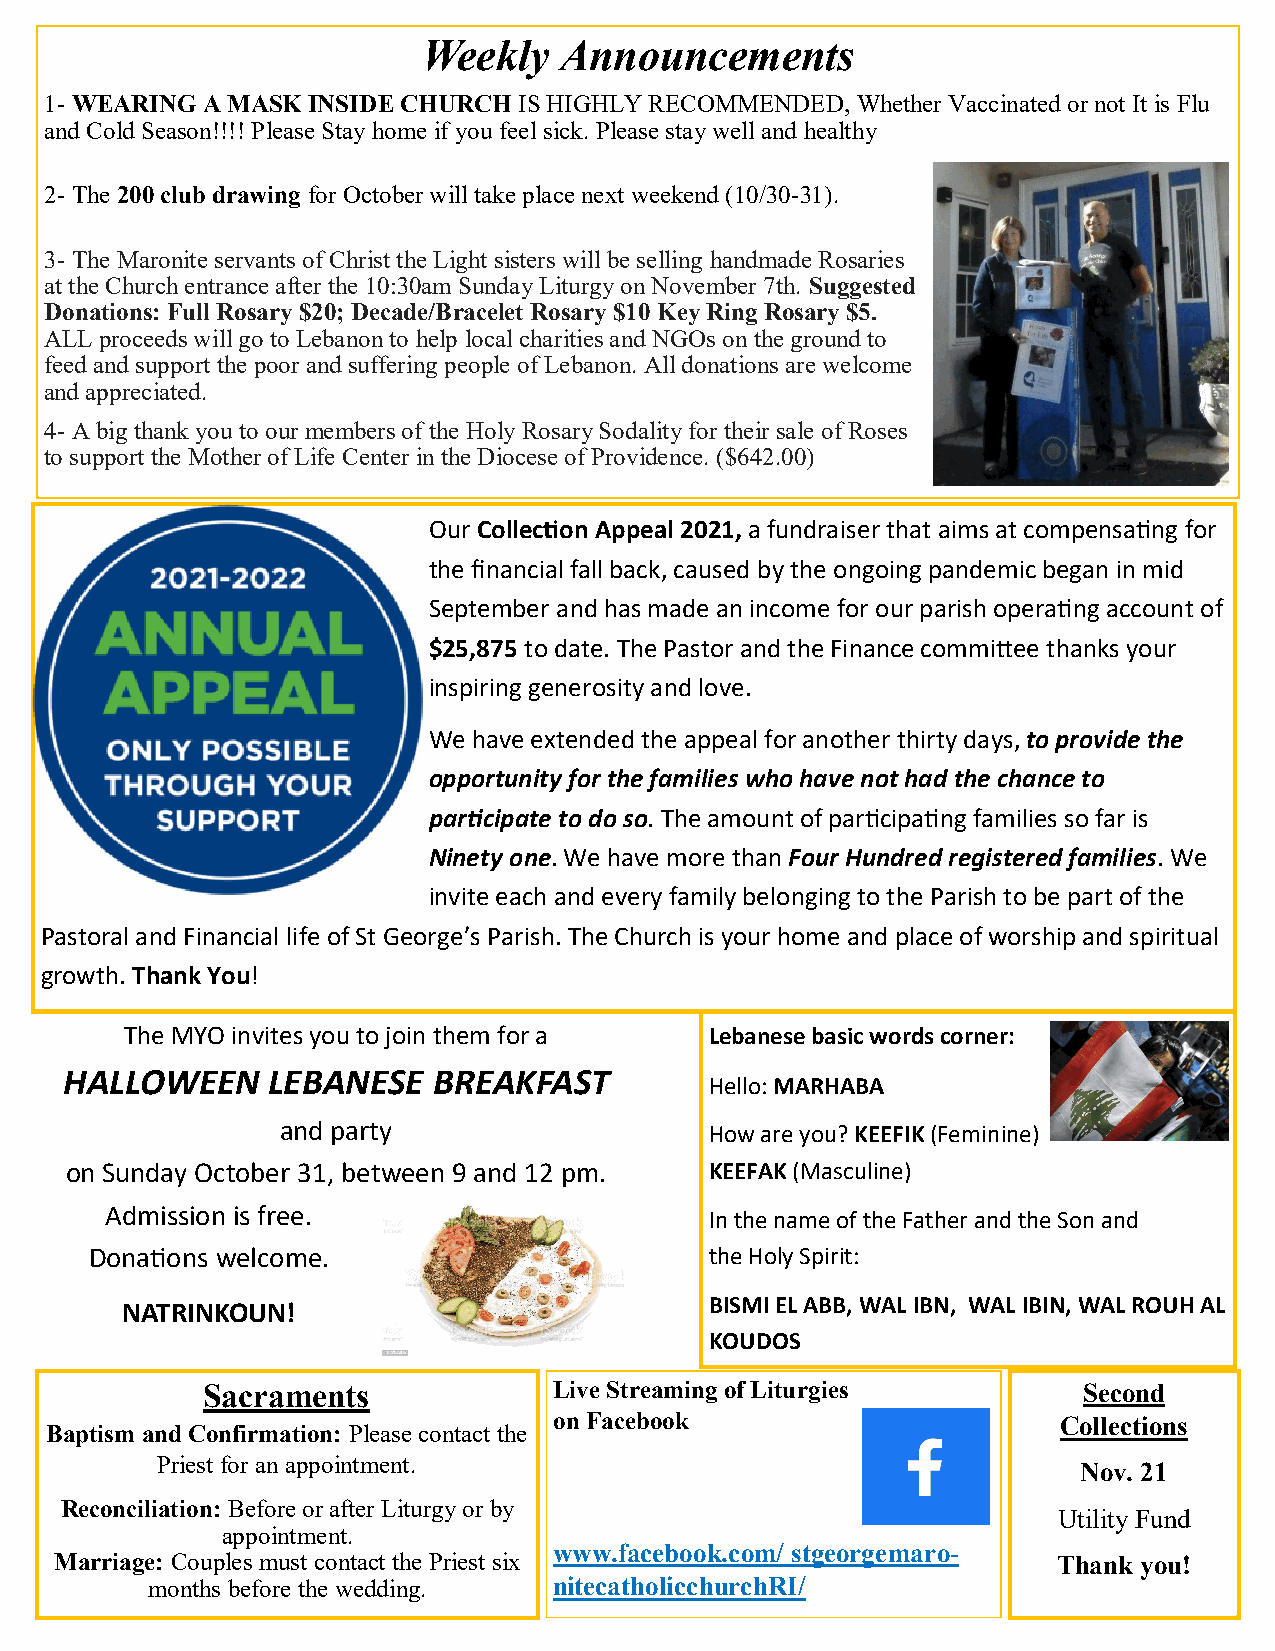
Weekly   Announcements
 1- WEARING A MASK INSIDE CHURCH IS HIGHLY RECOMMENDED, Whether Vaccinated or not It is Flu
 and Cold Season!!!! Please Stay home if you feel sick. Please stay well and healthy
 2- The 200 club drawing for October will take place next weekend (10/30-31).
 3- The Maronite servants of Christ the Light sisters will be selling handmade Rosaries
 at the Church entrance after the 10:30am Sunday Liturgy on November 7th. Suggested
 Donations: Full Rosary $20; Decade/Bracelet Rosary $10 Key Ring Rosary $5.
 ALL proceeds will go to Lebanon to help local charities and NGOs on the ground to
 feed and support the poor and suffering people of Lebanon. All donations are welcome
 and appreciated.
 4- A big thank you to our members of the Holy Rosary Sodality for their sale of Roses
 to support the Mother of Life Center in the Diocese of Providence. ($642.00)
 Our Collection Appeal 2021, a fundraiser that aims at compensating for
 the financial fall back, caused by the ongoing pandemic began in mid
 September and has made an income for our parish operating account of
 $25,875 to date. The Pastor and the Finance committee thanks your
 inspiring generosity and love.
 We have extended the appeal for another thirty days, to provide the
 opportunity for the families who have not had the chance to
 participate to do so. The amount of participating families so far is
 Ninety one. We have more than Four Hundred registered families. We
 invite each and every family belonging to the Parish to be part of the
 Pastoral and Financial life of St George’s Parish. The Church is your home and place of worship and spiritual
 growth. Thank You!
 The MYO invites you to join them for a L e b a n e s e b a s i c w o rds corner:
 HALLOWEEN     LEBANESE   BREAKFAST
 Hello: MARHABA
 and party                   H o w a r e y o u ? K E E F I K ( F eminine)
 on Sunday October 31, between 9 and 12 pm. K E E F A K (Masculine)
 Admission is free.                      I n t h e name of the Father and the Son and
 Donations welcome.                       the Holy Spirit:
 BISMI EL ABB, WAL IBN, WAL IBIN, WAL ROUH AL
 NATRINKOUN!
 KOUDOS
 Sacraments              Live Streaming of Liturgies        Second
 on Facebook                      Collections
 Baptism and Confirmation: Please contact the
 Priest for an appointment.
 Nov. 21
 Reconciliation: Before or after Liturgy or by
 Utility Fund
 appointment.
 www.facebook.com/ stgeorgemaro-
 Marriage: Couples must contact the Priest six                     Thank you!
 months before the wedding. nitecatholicchurchRI/